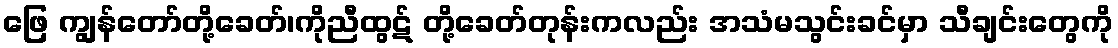
ဖြေ ကျွန်တော်တို့ခေတ်၊ကိုညီထွဋ် တို့ခေတ်တုန်းကလည်း အသံမသွင်းခင်မှာ သီချင်းတွေကို